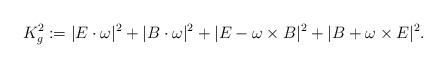
LaTeX: \begin{align*}K_g^2:= |E\cdot \omega|^2 + |B\cdot \omega |^2 +|E-\omega \times B|^2 +|B+\omega \times E|^2. \end{align*}